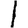
Digit: 1